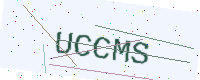
Text: UCCMS